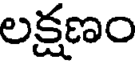
లక్షణం